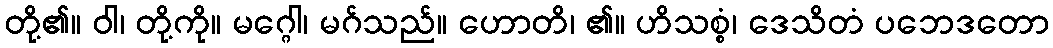
တို့၏။ ဝါ၊ တို့ကို။ မဂ္ဂေါ၊ မဂ်သည်။ ဟောတိ၊ ၏။ ဟိသစ္စံ၊ ဒေသိတံ ပဘေဒတော